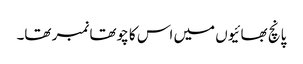
پانچ بھائیوں میں اس کا چوتھا نمبر تھا۔